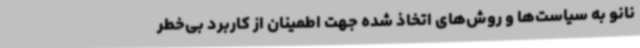
نانو به سیاست‌ها و روش‌های اتخاذ شده جهت اطمینان از کاربرد بی‌خطر